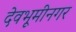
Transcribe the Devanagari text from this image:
देवभूमीनगर